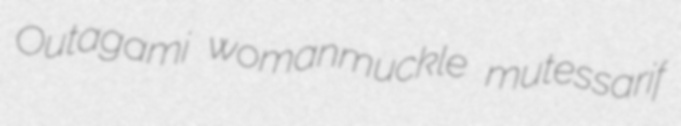
Outagami womanmuckle mutessarif